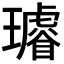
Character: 𤪽